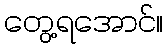
တွေ့ရအောင်။